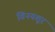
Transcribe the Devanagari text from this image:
विनयशूर